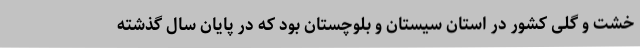
خشت و گلی کشور در استان سیستان و بلوچستان بود که در پایان سال گذشته